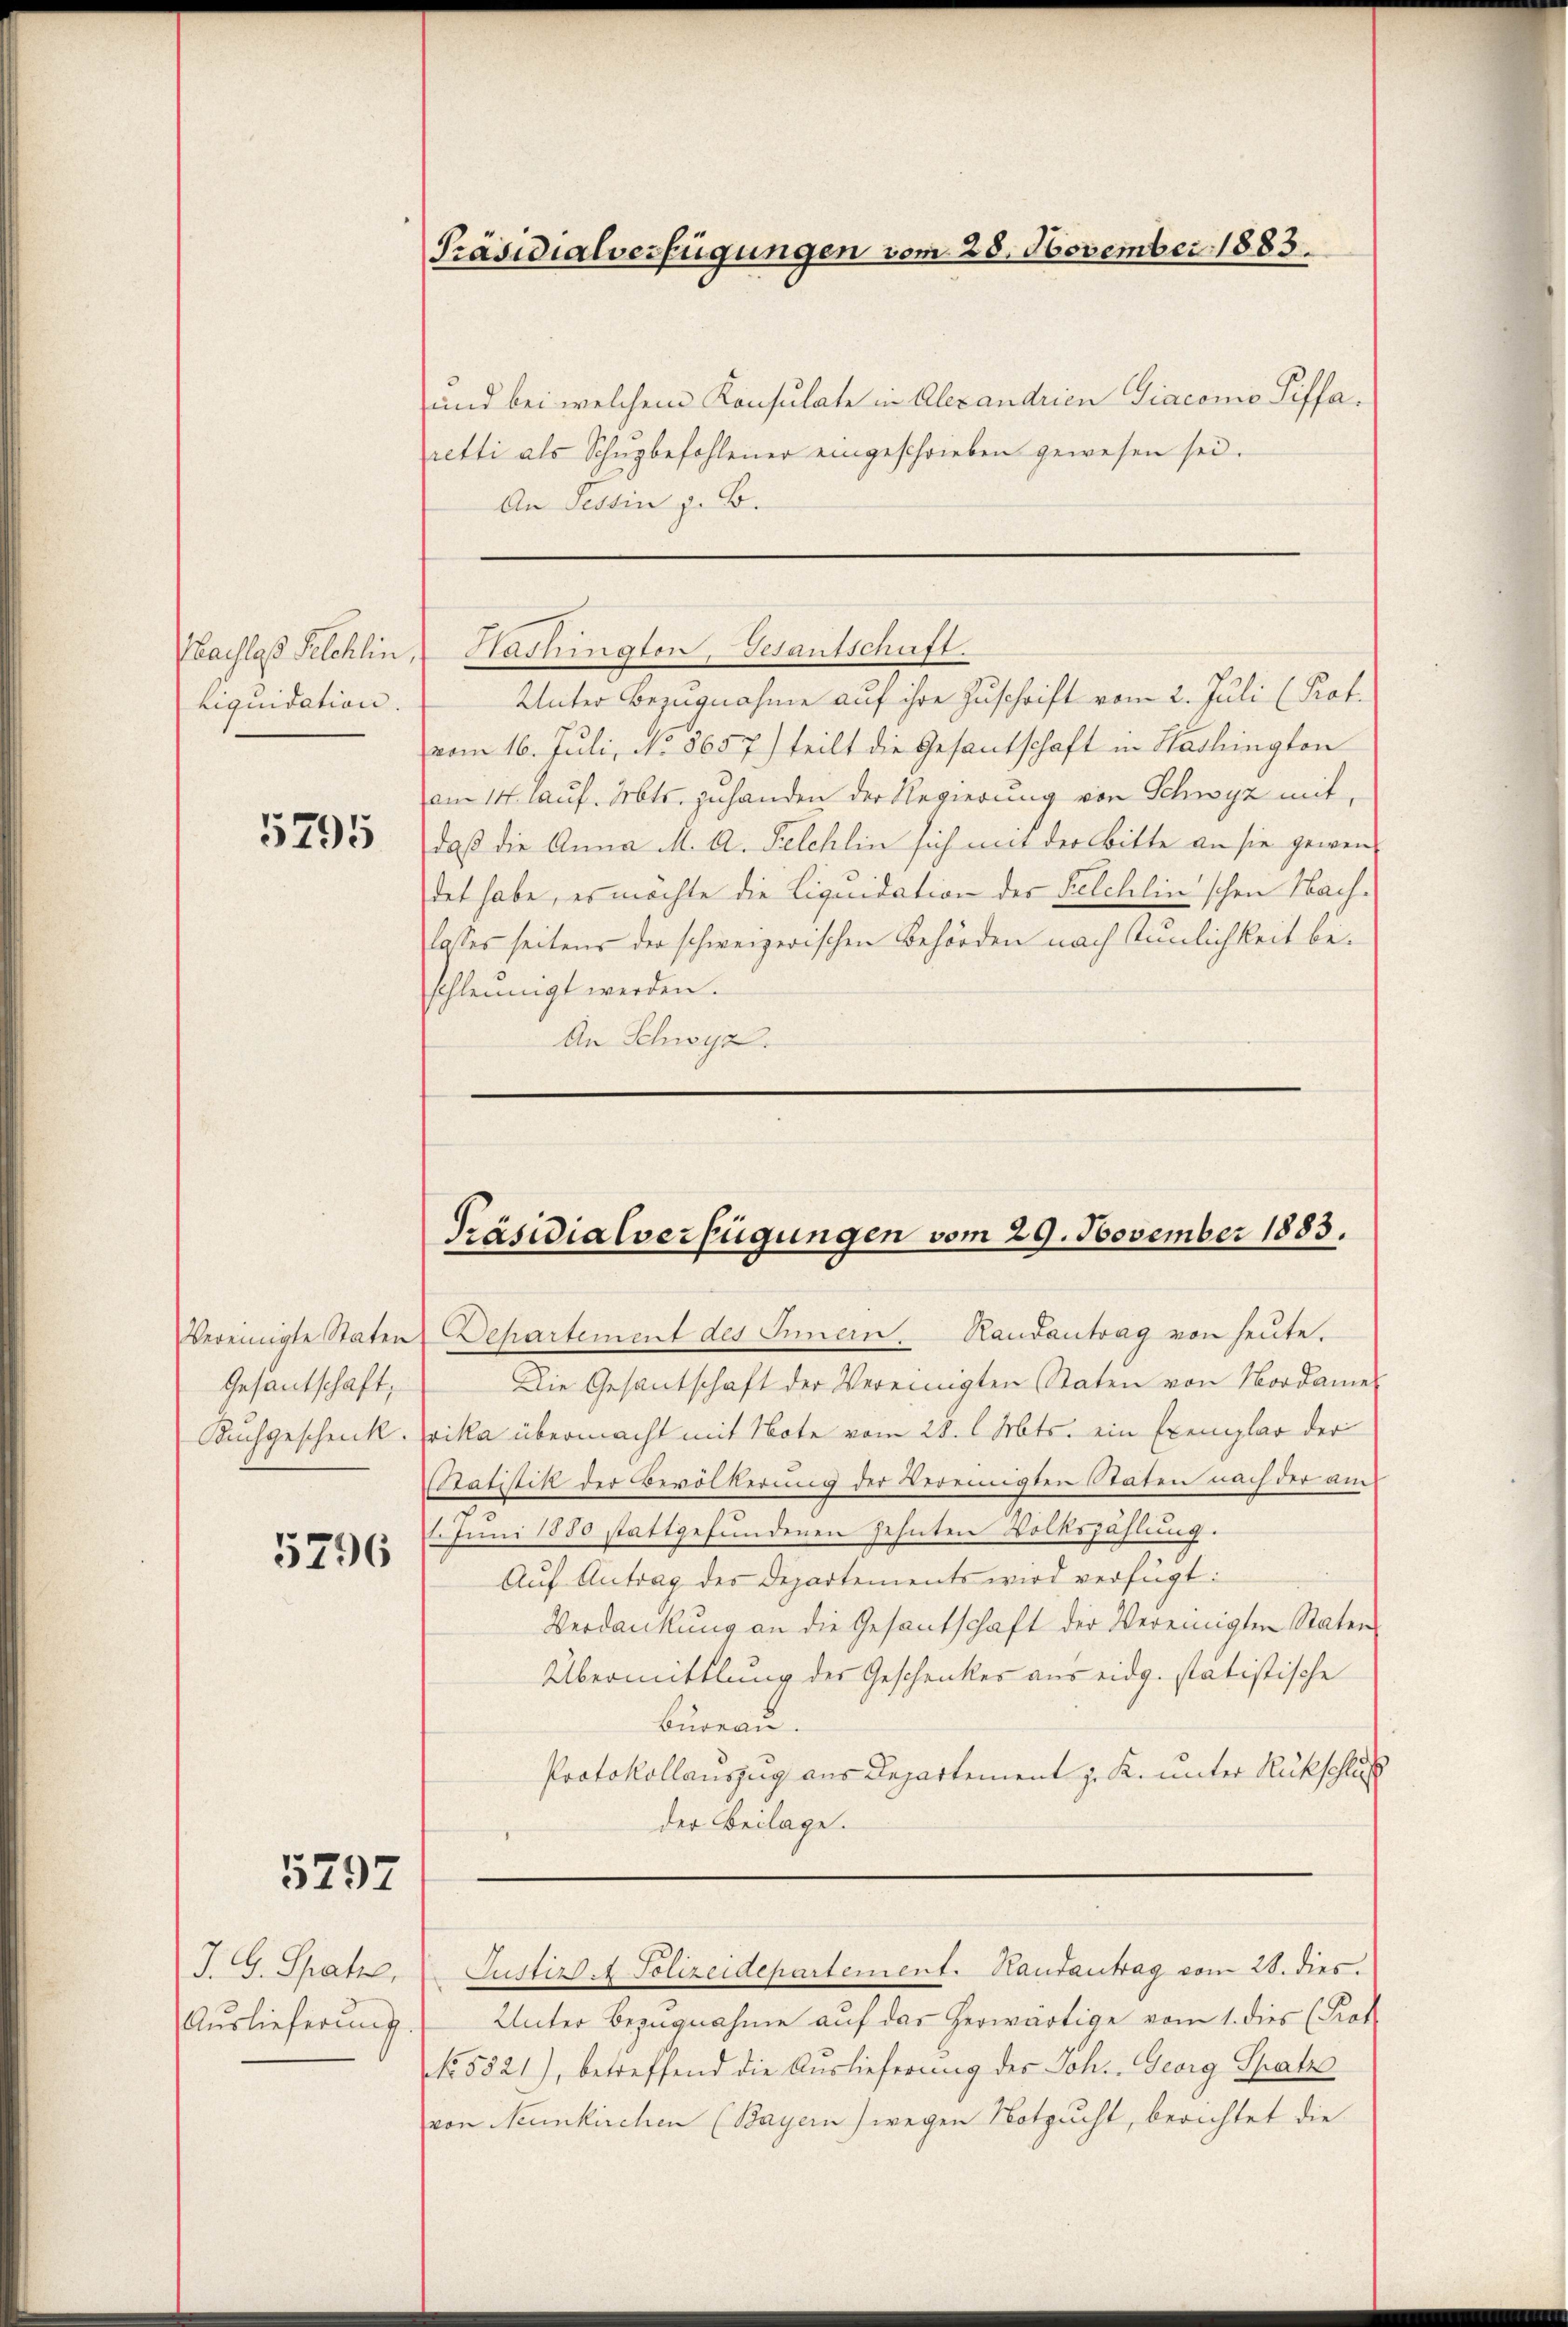
Liquidation.

5295

Gesantschaft,

5796

5797

J. G. Satze,
Auslieferung

Präsidialverfügungen vom 28. November 1883.

und bei welchem Konsulate in Alexandrien Giaconio Siffaretti als Schŭgbefohlener eingeschrieben gewesen sei.
An Tessin z. B.

Unter Bezugnahme auf ihre Zuschrift vom 2. Juli (Prof.
vom 16. Juli, No. 8657) teilt die Gesantschaft in Hadlington
am 14. Lauf. Mts. zuhanden der Regierung von Schwyz mit,
daß die Anna M. A. Kelchlin sich mit der Bitte an sie gewen-
det habe, es möchte die Liquidation der Felchlin'schen Nachlasses seitens der schweizerischen Behörden nach Tunlichkeit beschleunigt werden.
An Schwyz.

Nachlaß Selchlin, Washington, Gesantschaft.

Präsidialverfügungen vom 29. November 1883.

Vereinigte Staten Departement des Innern. Rautantrag von heute.
Die Gesantschaft der Vereinigten Staten von Nordamer
Kuchgeschenk. Erika übermacht mit Note vom 28. l. Mts. ein Exemplar der
Statistik der Bevölkerung der Vereinigten Staten nach der am
Juni 1880 stattgefundenen Zehnten Volkszählung.
Aŭf Antrag des Departements wird verfügt:
Verdankung an die Gesantschaft der Vereinigten Staten
Übermittlung der Geschenkes aus eidg. statistische
Bureau.
Protokollauszug aus Departement z. K. unter Rückschluß
der Beilage.
Justirt. 4 Polizeidepartement. Hautantrag vom 28. dies.
Unter Bezugnahme auf das herwärtige vom 1. dies (Prot
NNo. 5821), betreffend die Auslieferung des Joh. Georg Spatze
von Neunkirchen (Bayern) wegen Notzucht, berichtet die